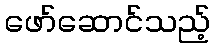
ဖော်ဆောင်သည့်